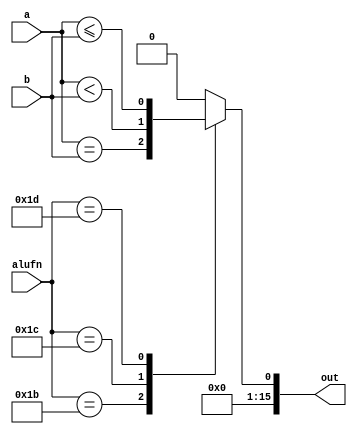
module compare16_5 (
    input [15:0] a,
    input [15:0] b,
    input [4:0] alufn,
    output reg [15:0] out
  );
  
  
  
  always @* begin
    out = 1'h0;
    
    case (alufn)
      5'h1b: begin
        out = a == b;
      end
      5'h1c: begin
        out = a < b;
      end
      5'h1d: begin
        out = a <= b;
      end
    endcase
  end
endmodule